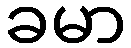
ခမာ